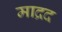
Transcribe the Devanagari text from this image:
माद्रद